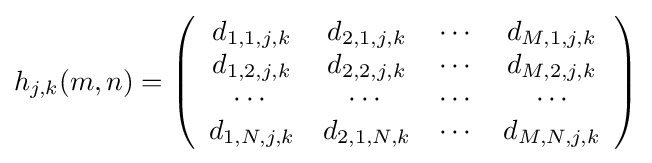
h_{j,k}(m,n)=\left({\begin{array}{cccc}d_{1,1,j,k}&d_{2,1,j,k}&\cdots &d_{M,1,j,k}\\d_{1,2,j,k}&d_{2,2,j,k}&\cdots &d_{M,2,j,k}\\\cdots &\cdots &\cdots &\cdots \\d_{1,N,j,k}&d_{2,1,N,k}&\cdots &d_{M,N,j,k}\\\end{array}}\right)